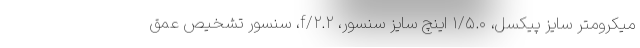
میکرومتر سایز پیکسل، ۱/۵.۰ اینچ سایز سنسور، f/۲.۲، سنسور تشخیص عمق